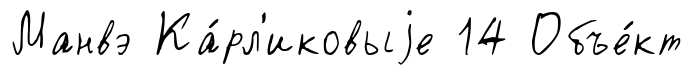
Манвэ Ка́рл'иковыjе 14 Объе́кт